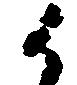
御